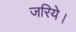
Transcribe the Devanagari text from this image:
जरिये।